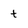
Character: t